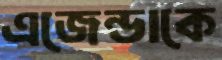
এজেন্ডাকে